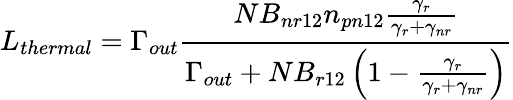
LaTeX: L_{thermal}=\Gamma_{out}\frac{NB_{nr12}n_{pn12}\frac{\gamma_{r}}{\gamma_{r}+\gamma_{nr}}}{\Gamma_{out}+NB_{r12}\left(1-\frac{\gamma_{r}}{\gamma_{r}+\gamma_{nr}}\right)}